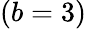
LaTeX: (b=3)